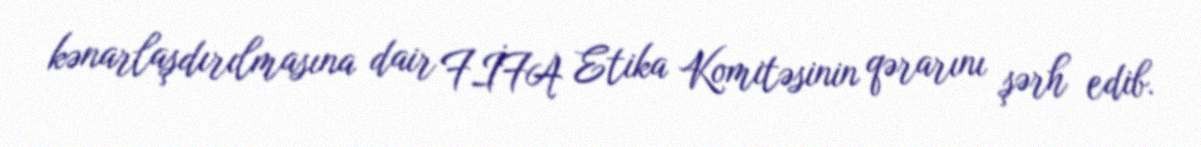
kənarlaşdırılmasına dair FİFA Etika Komitəsinin qərarını şərh edib.